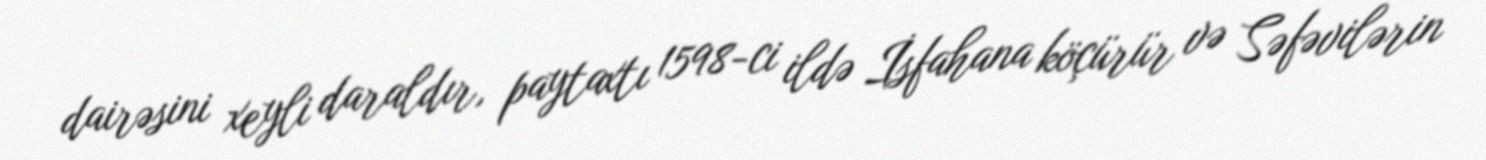
dairəsini xeyli daraldır, paytaxtı 1598-ci ildə İsfahana köçürür və Səfəvilərin